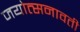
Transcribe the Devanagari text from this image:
जयोत्सनावती